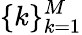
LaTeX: \{ k\} _{k=1}^{M}